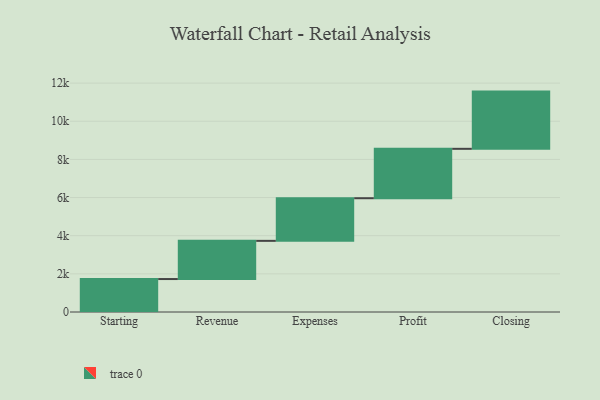
{"axis": {"x": "Step", "y": "Value"}, "legend": [""], "data": [{"x": "Starting", "y": 1728.0, "type": ""}, {"x": "Revenue", "y": 2002.0, "type": ""}, {"x": "Expenses", "y": 2235.0, "type": ""}, {"x": "Profit", "y": 2590.0, "type": ""}, {"x": "Closing", "y": 3000, "type": ""}]}